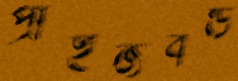
প্রাইজবন্ড